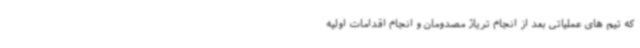
که تیم های عملیاتی بعد از انجام تریاژ مصدومان و انجام اقدامات اولیه